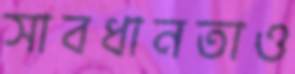
সাবধানতাও